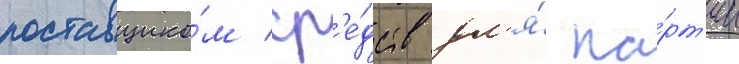
поставщико́м ср'е́дств дл'я́ па́рт'ии